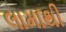
લામાથી